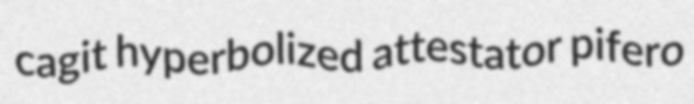
cagit hyperbolized attestator pifero